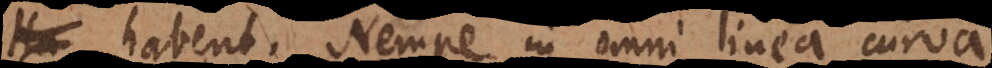
s habent. Nempe in omni linea curva